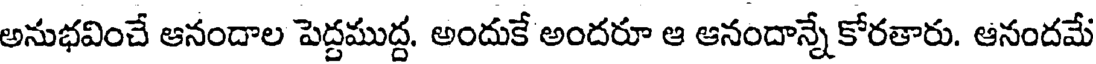
అనుభవించే ఆనందాల పెద్దముద్ద. అందుకే అందరూ ఆ ఆనందాన్నే కోరతారు. ఆనందమే